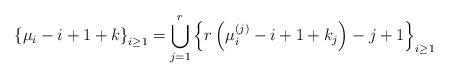
LaTeX: \begin{align*}\left\{\mu_{i}-i+1+k\right\}_{i\geq 1}=\bigcup_{j=1}^r \left\{r\left(\mu^{(j)}_i-i+1+k_j\right)-j+1\right\}_{i\geq 1}\end{align*}